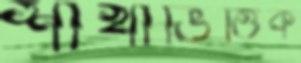
শাখাভিত্তিক